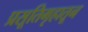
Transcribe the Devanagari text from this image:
प्रसूतिगृहातून